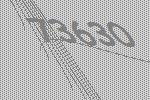
73630